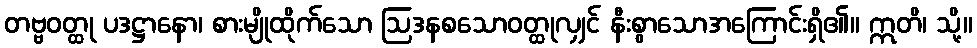
တဗ္ဗဝတ္ထု ပဒဋ္ဌာနော၊ စားမျိုထိုက်သော ဩဒနစသောဝတ္ထုလျှင် နီးစွာသောအကြောင်းရှိ၏။ ဣတိ၊ သို့။